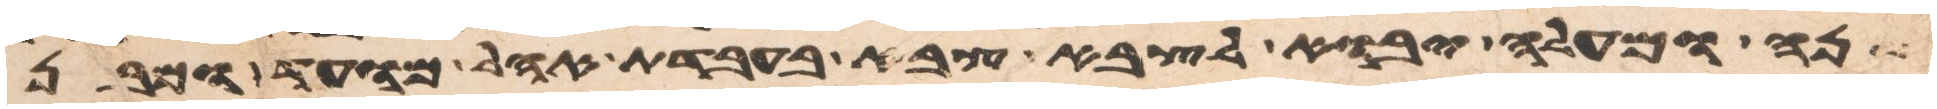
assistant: שנה ומעלה יבוא לצבא צבא בעבדת אהל מועד ומבן